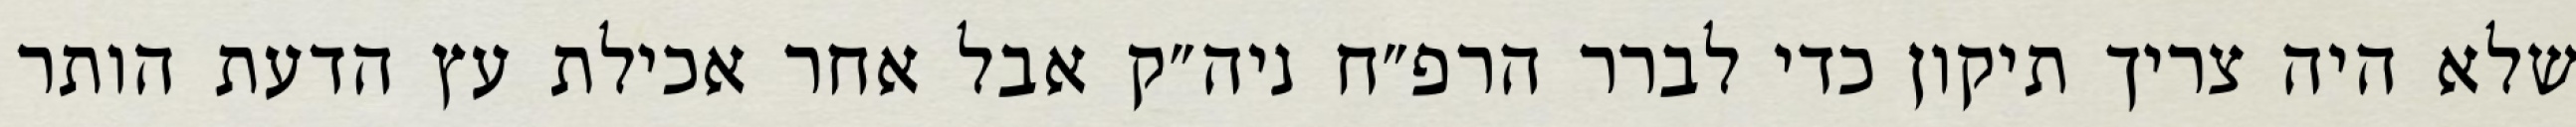
שלא היה צריך תיקון כדי לברר הרפ״ח ניה״ק אבל אחר אכילת עץ הדעת הותר